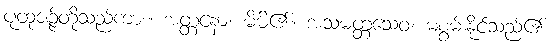
ပုထုဇဉ်တို့သည်ကား။ အတ္တနော၊ မိမိ၏။ အသမတ္တသေဝ၊ မစွမ်းနိုင်သည်၏